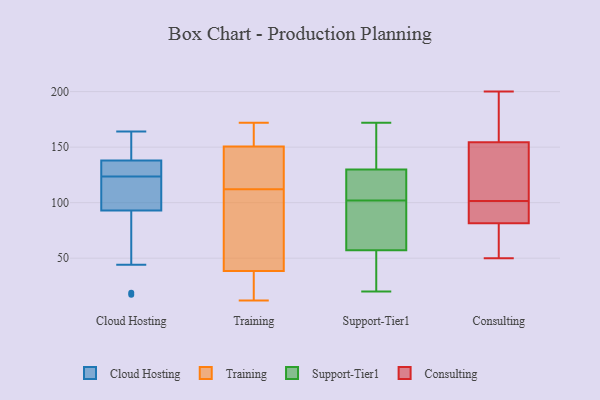
{"axis": {"x": "Budget (USD K)", "y": "Value"}, "legend": ["Cloud Hosting", "Consulting", "Support-Tier1", "Training"], "data": [{"x": "", "y": 19, "type": "Cloud Hosting"}, {"x": "", "y": 64, "type": "Cloud Hosting"}, {"x": "", "y": 127, "type": "Cloud Hosting"}, {"x": "", "y": 138, "type": "Cloud Hosting"}, {"x": "", "y": 93, "type": "Cloud Hosting"}, {"x": "", "y": 136, "type": "Cloud Hosting"}, {"x": "", "y": 107, "type": "Cloud Hosting"}, {"x": "", "y": 127, "type": "Cloud Hosting"}, {"x": "", "y": 164, "type": "Cloud Hosting"}, {"x": "", "y": 121, "type": "Cloud Hosting"}, {"x": "", "y": 124, "type": "Cloud Hosting"}, {"x": "", "y": 156, "type": "Cloud Hosting"}, {"x": "", "y": 17, "type": "Cloud Hosting"}, {"x": "", "y": 141, "type": "Cloud Hosting"}, {"x": "", "y": 123, "type": "Cloud Hosting"}, {"x": "", "y": 122, "type": "Cloud Hosting"}, {"x": "", "y": 154, "type": "Cloud Hosting"}, {"x": "", "y": 44, "type": "Cloud Hosting"}, {"x": "", "y": 164, "type": "Training"}, {"x": "", "y": 31, "type": "Training"}, {"x": "", "y": 146, "type": "Training"}, {"x": "", "y": 12, "type": "Training"}, {"x": "", "y": 112, "type": "Training"}, {"x": "", "y": 130, "type": "Training"}, {"x": "", "y": 169, "type": "Training"}, {"x": "", "y": 41, "type": "Training"}, {"x": "", "y": 123, "type": "Training"}, {"x": "", "y": 172, "type": "Training"}, {"x": "", "y": 64, "type": "Training"}, {"x": "", "y": 12, "type": "Training"}, {"x": "", "y": 47, "type": "Training"}, {"x": "", "y": 82, "type": "Support-Tier1"}, {"x": "", "y": 172, "type": "Support-Tier1"}, {"x": "", "y": 129, "type": "Support-Tier1"}, {"x": "", "y": 20, "type": "Support-Tier1"}, {"x": "", "y": 117, "type": "Support-Tier1"}, {"x": "", "y": 99, "type": "Support-Tier1"}, {"x": "", "y": 130, "type": "Support-Tier1"}, {"x": "", "y": 49, "type": "Support-Tier1"}, {"x": "", "y": 102, "type": "Support-Tier1"}, {"x": "", "y": 161, "type": "Support-Tier1"}, {"x": "", "y": 108, "type": "Support-Tier1"}, {"x": "", "y": 39, "type": "Support-Tier1"}, {"x": "", "y": 21, "type": "Support-Tier1"}, {"x": "", "y": 147, "type": "Support-Tier1"}, {"x": "", "y": 86, "type": "Support-Tier1"}, {"x": "", "y": 65, "type": "Consulting"}, {"x": "", "y": 156, "type": "Consulting"}, {"x": "", "y": 200, "type": "Consulting"}, {"x": "", "y": 60, "type": "Consulting"}, {"x": "", "y": 118, "type": "Consulting"}, {"x": "", "y": 153, "type": "Consulting"}, {"x": "", "y": 50, "type": "Consulting"}, {"x": "", "y": 101, "type": "Consulting"}, {"x": "", "y": 98, "type": "Consulting"}, {"x": "", "y": 102, "type": "Consulting"}, {"x": "", "y": 101, "type": "Consulting"}, {"x": "", "y": 179, "type": "Consulting"}]}